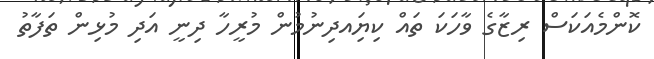
ކޮންމެއަކަސް ރިޒާގެ ވާހަކަ ތައް ކިޔަިއދިނުމުން މުރީހާ ދިނީ އަދި މުޅިން ތަފާތު